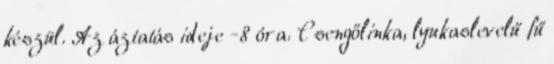
készül. Az áztatás ideje -8 óra. Csengőlinka, lyukaslevelű fű